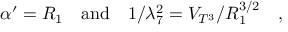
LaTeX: \alpha ^ { \prime } = R _ { 1 } \quad \mathrm { a n d } \quad 1 / \lambda _ { 7 } ^ { 2 } = V _ { T ^ { 3 } } / R _ { 1 } ^ { 3 / 2 } \quad ,